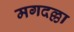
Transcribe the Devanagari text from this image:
मगदल्ला